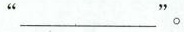
”___”。